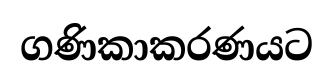
ගණිකාකරණයට